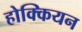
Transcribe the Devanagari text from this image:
होक्कियन